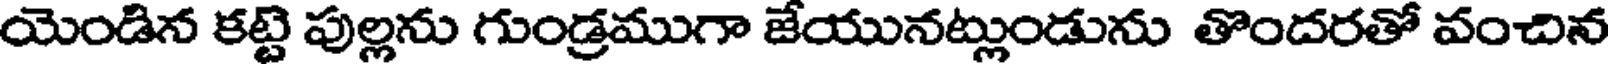
యెండిన కట్టి పుల్లను గుండ్రముగా జేయునట్లుండును తొందరతో వంచిన